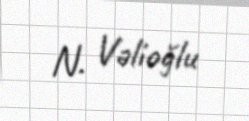
N. Vəlioğlu